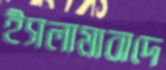
ইসলামাবাদে